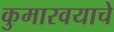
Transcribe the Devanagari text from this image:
कुमारवयाचे